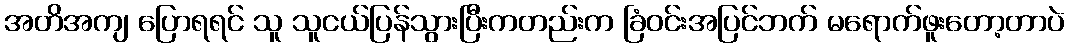
အတိအကျ ပြောရရင် သူ သူငယ်ပြန်သွားပြီးကတည်းက ခြံဝင်းအပြင်ဘက် မရောက်ဖူးတော့တာပဲ